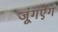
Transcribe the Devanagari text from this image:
जूंगऐंग